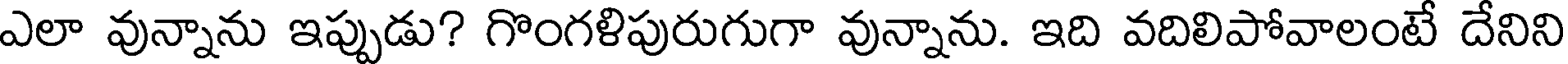
ఎలా వున్నాను ఇప్పుడు? గొంగళిపురుగుగా వున్నాను. ఇది వదిలిపోవాలంటే దేనిని